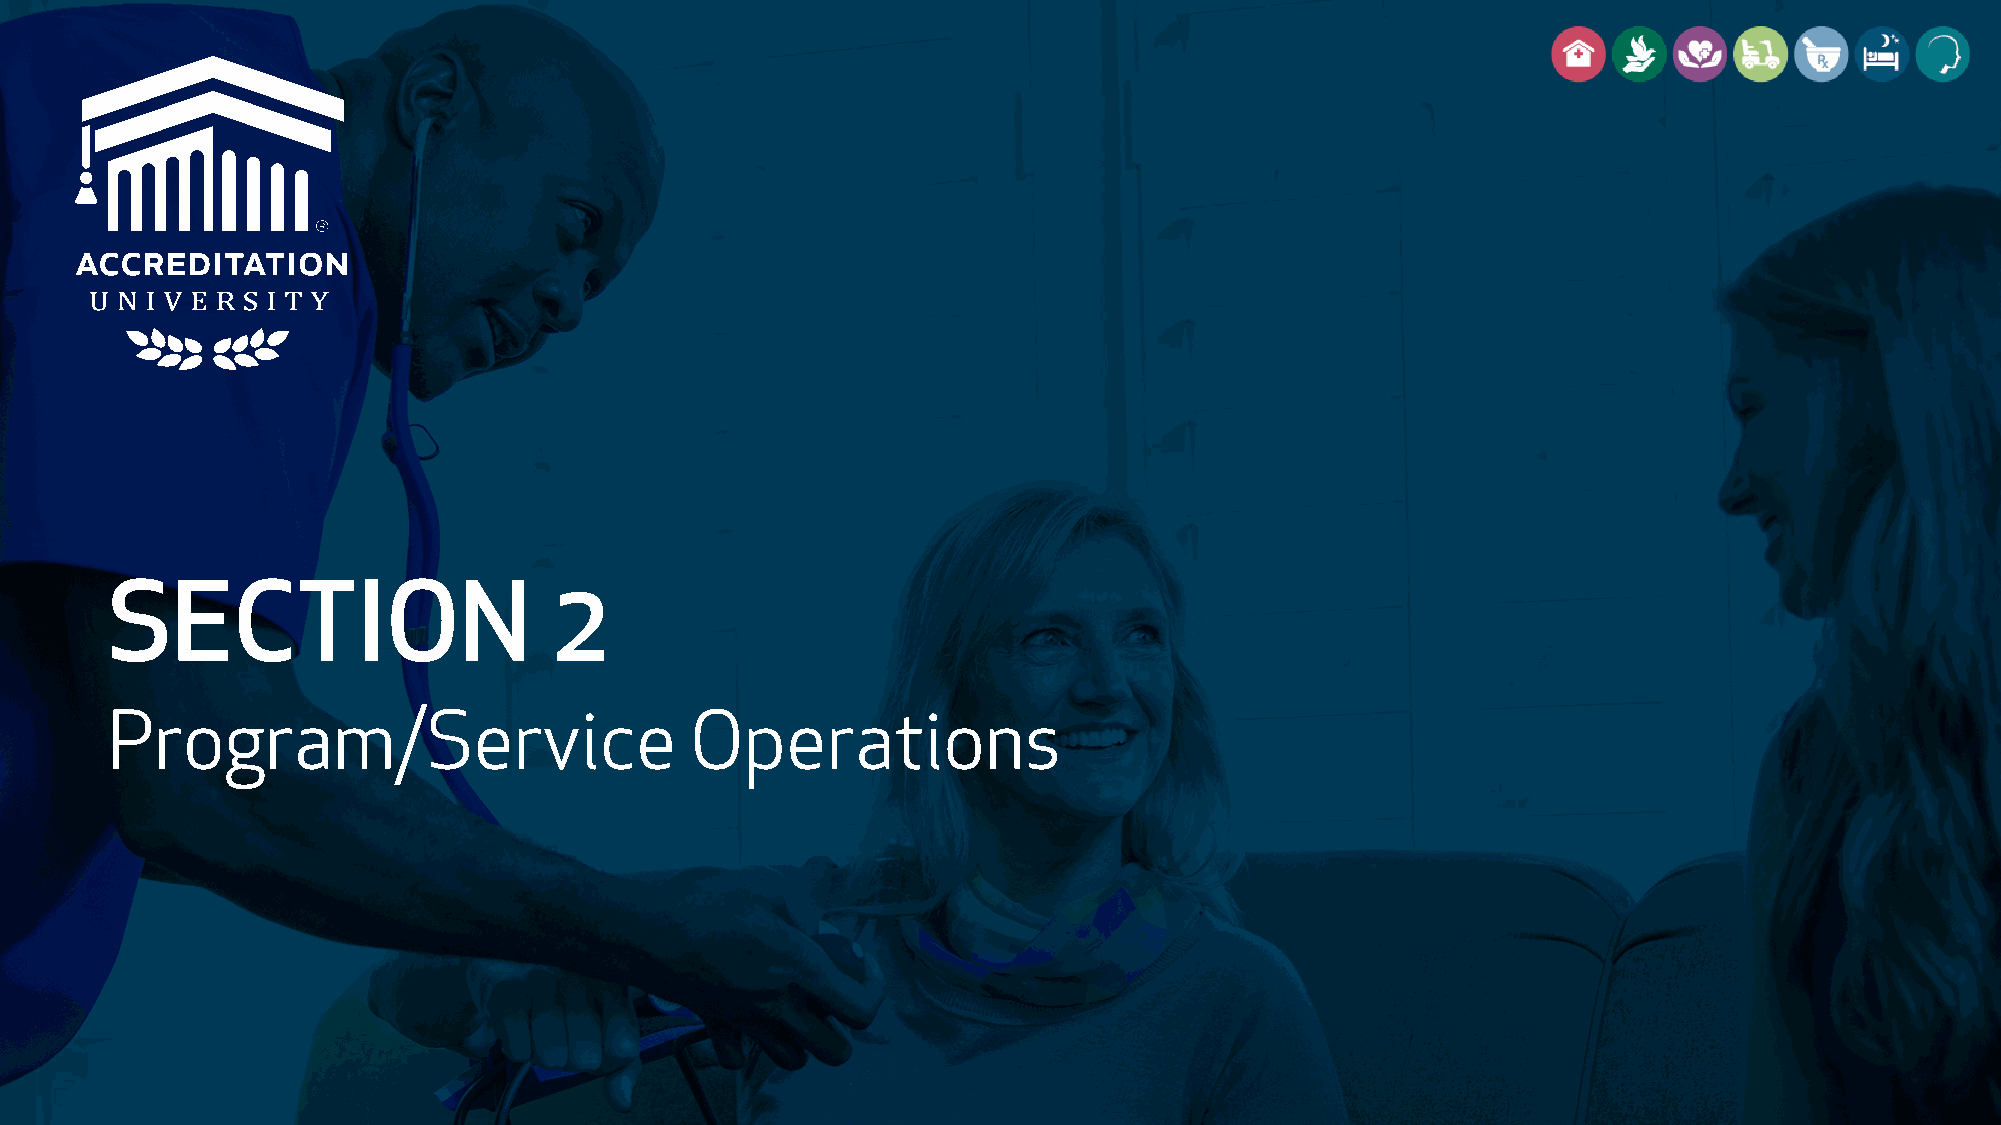
SECTION                       2
 Program/Service                        Operations